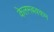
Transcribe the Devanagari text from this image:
केलमबक्कम